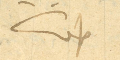
طلعت